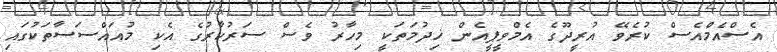
އެސްއެމްއެސް ކުރެވޭ އުރީދޫގެ އެމްވީޕީއެން ޚިދުމަތަކީ މިހާރު ވެސް ސަރުކާރުގެ އެކި މުއައްސަސާތަކުގައި